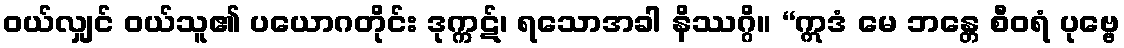
ဝယ်လျှင် ဝယ်သူ၏ ပယောဂတိုင်း ဒုက္ကဋ်၊ ရသောအခါ နိဿဂ္ဂိ။ “ဣဒံ မေ ဘန္တေ စီဝရံ ပုဗ္ဗေ